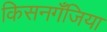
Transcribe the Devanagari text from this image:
किसनगॅँजिया